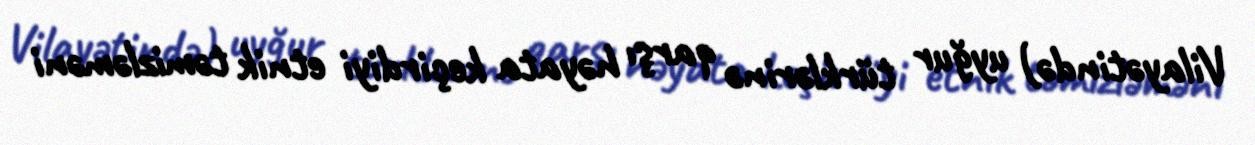
Vilayətində) uyğur türklərinə qarşı həyata keçirdiyi etnik təmizləməni